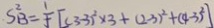
S _ { B } ^ { 2 } = \frac { 1 } { 5 } [ ( 3 - 3 ) ^ { 2 } \times 3 + ( 2 - 3 ) ^ { 2 } + ( 4 - 3 ) ^ { 2 } ]